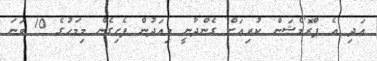
އަދި އެ ޕްރޮމޯޝަން ކުރިއަށް ގެންދާނީ މިއަދުން ފެށިގެން މިމަހުގެ 10 ވަނަ